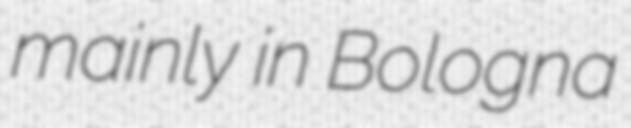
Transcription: mainly in Bologna